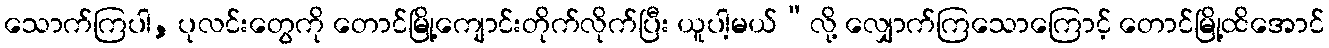
သောက်ကြပါ, ပုလင်းတွေကို တောင်မြို့ကျောင်းတိုက်လိုက်ပြီး ယူပါ့မယ်”လို့ လျှောက်ကြသောကြောင့် တောင်မြို့ထိအောင်